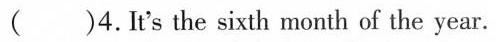
( )4.It's the sixth month of the year.